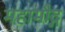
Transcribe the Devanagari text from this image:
महामौद्ग